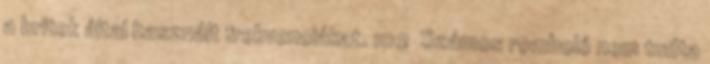
a britek által használt frekvenciákat. 102 Számos romboló nem tudta